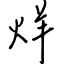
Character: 烊